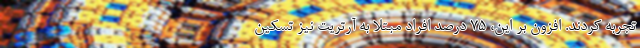
تجربه کردند. افزون بر این، 75 درصد افراد مبتلا به آرتریت نیز تسکین